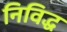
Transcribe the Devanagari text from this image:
निविद्ध